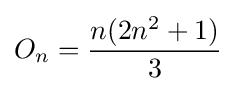
O_{n}={n(2n^{2}+1) \over 3}